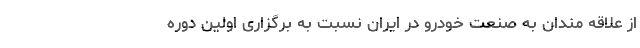
از علاقه مندان به صنعت خودرو در ایران نسبت به برگزاری اولین دوره